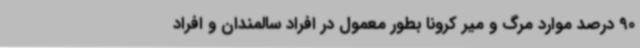
90 درصد موارد مرگ و میر کرونا بطور معمول در افراد سالمندان و افراد